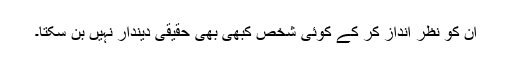
ان کو نظر انداز کر کے کوئی شخص کبھی بھی حقیقی دیندار نہیں بن سکتا۔